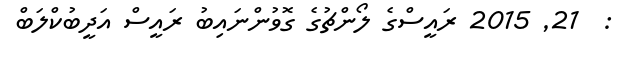
:  21